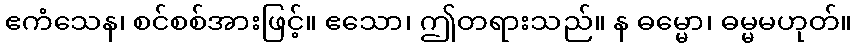
ဧကံသေန၊ စင်စစ်အားဖြင့်။ ဧသော၊ ဤတရားသည်။ န ဓမ္မော၊ ဓမ္မမဟုတ်။